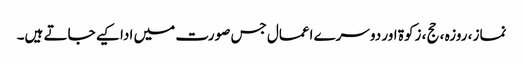
نماز ، روزہ ، حج ، زکوۃ اور دوسرے اعمال جس صورت میں ادا کیے جاتے ہیں۔